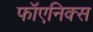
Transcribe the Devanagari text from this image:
फॉएनिक्स